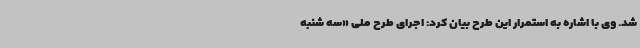
شد. وی با اشاره به استمرار این طرح بیان کرد: اجرای طرح ملی «سه شنبه